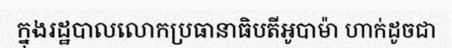
ក្នុងរដ្ឋបាលលោកប្រធានាធិបតីអូបាម៉ា ហាក់ដូចជា